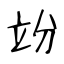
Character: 竕